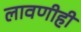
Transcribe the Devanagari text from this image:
लावणीही